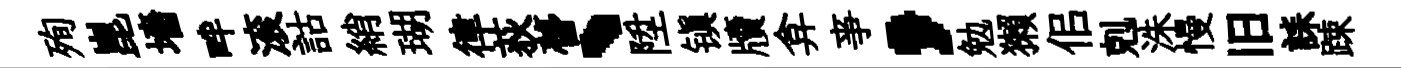
殉崑墻畔滚詁綃瑚律荻瞢、陞镇牘弇亊，勉獺佀剋洙慢旧誄踈